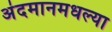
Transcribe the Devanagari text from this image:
अंदमानमधल्या